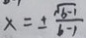
x = \pm \frac { \sqrt { b - 1 } } { b - 1 }